Vaccination North-Western Provinces 1866-1877 - 1866-1877
Year: 1866
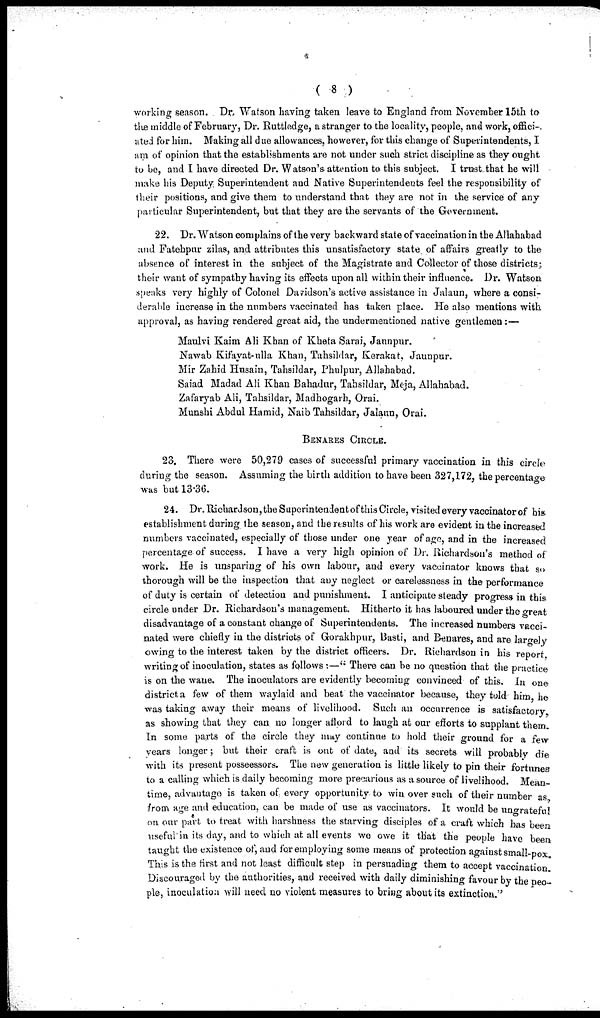
( 8 )
working season. Dr. Watson having taken leave to England from November 15th to
the middle of February, Dr. Ruttledge, a stranger to the locality, people, and work, offici-
ated for him. Making all due allowances, however, for this change of Superintendents, I
am of opinion that the establishments are not under such strict discipline as they ought
to be, and I have directed Dr. Watson's attention to this subject. I trust that he will
make his Deputy. Superintendent and Native Superintendents feel the responsibility of
their positions, and give them to understand that they are not in the service of any
particular Superintendent, but that they are the servants of the Government.
22. Dr. Watson complains of the very backward state of vaccination in the Allahabad
and Fatehpur zilas, and attributes this unsatisfactory state of affairs greatly to the
absence of interest in the subject of the Magistrate and Collector of those districts;
their want of sympathy having its effects upon all within their influence. Dr. Watson
speaks very highly of Colonel Davidson's active assistance in Jalaun, where a consi-
derable increase in the numbers vaccinated has taken place. He also mentions with
approval, as having rendered great aid, the undermentioned native gentlemen:—
Maulvi Kaim Ali Khan of Kheta Sarai, Jaunpur.
Nawab Kifayat-ulla Khan, Tahsildar, Kerakat, Jaunpur.
Mir Zahid Husain, Tahsildar, Phulpur, Allahabad.
Saiad Madad Ali Khan Bahadur, Tahsildar, Meja, Allahabad.
Zafaryab Ali, Tahsildar, Madhogarh, Orai.
Munshi Abdul Hamid, Naib Tahsildar, Jalaun, Orai.
BENARES CIRCLE.
23. There were 50,279 cases of successful primary vaccination in this circle
during the season. Assuming the birth addition to have been 327,172, the percentage
was but 13.36.
24. Dr. Richardson, the Superintendent of this Circle, visited every vaccinator of his
establishment during the season, and the results of his work are evident in the increased
numbers vaccinated, especially of those under one year of age, and in the increased
percentage of success. I have a very high opinion of Dr. Richardson's method of
work. He is unsparing of his own labour, and every vaccinator knows that so
thorough will be the inspection that any neglect or carelessness in the performance
of duty is certain of detection and punishment. I anticipate steady progress in this
circle under Dr. Richardson's management. Hitherto it has laboured under the great
disadvantage of a constant change of Superintendents. The increased numbers vacci-
nated were chiefly in the districts of Gorakhpur, Basti, and Benares, and are largely
owing to the interest taken by the district officers. Dr. Richardson in his report
writing of inoculation, states as follows :—" There can be no question that the practice
is on the wane. The inoculators are evidently becoming convinced of this. In one
district, a few of them waylaid and beat the vaccinator because, they told him he
was taking away their means of livelihood. Such an occurrence is satisfactory
as showing that they can no longer aflord to laugh at our efforts to supplant them.
In some parts of the circle they may continue to hold their ground for a few
years longer; but their craft is out of date, and its secrets will probably die
with its present posseessors. The new generation is little likely to pin their fortunes
to a calling which is daily becoming more precarious as a source of livelihood. Mean-
time, advantage is taken of every opportunity to win over such of their number as
from age and education, can be made of use as vaccinators. It would be ungrateful
on our part to treat with harshness the starving disciples of a craft which has been
useful in its day, and to which at all events we owe it that the people have been
taught the existence of, and for employing some means of protection against small-pox
This is the first and not least difficult step in persuading them to accept vaccination.
Discouraged by the authorities, and received with daily diminishing favour by the peo-
ple, inoculation will need no violent measures to bring about its extinction."